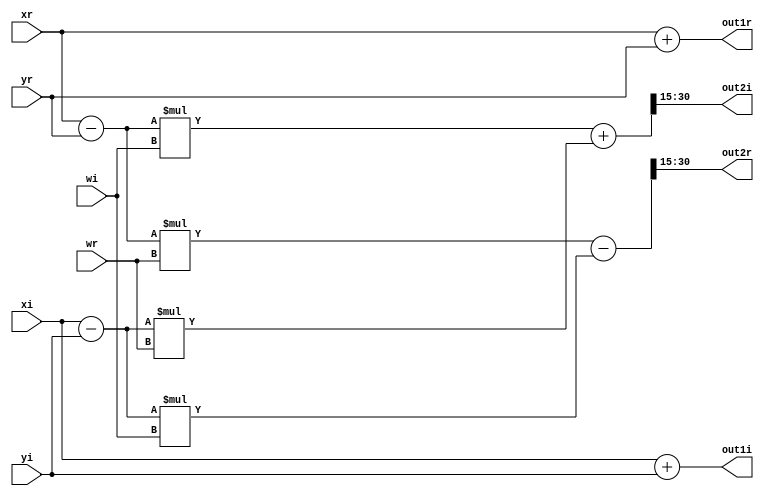
module butterfly(
    input wire signed [15:0] xr,
    input wire signed [15:0] xi,
    input wire signed [15:0] yr,
    input wire signed [15:0] yi,
    input wire signed [15:0] wr,
    input wire signed [15:0] wi,
    output wire signed [15:0] out1r,
    output wire signed [15:0] out1i,
    output wire signed [15:0] out2r,
    output wire signed [15:0] out2i
);
    // Butterfly calculation
    wire signed [31:0] temp1r = xr + yr;
    wire signed [31:0] temp1i = xi + yi;
    wire signed [31:0] temp2r = xr - yr;
    wire signed [31:0] temp2i = xi - yi;
    wire signed [31:0] temp3r = (temp2r * wr - temp2i * wi) >>> 15;
    wire signed [31:0] temp3i = (temp2r * wi + temp2i * wr) >>> 15;

    assign out1r = temp1r[15:0];
    assign out1i = temp1i[15:0];
    assign out2r = temp3r[15:0];
    assign out2i = temp3i[15:0];
endmodule